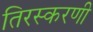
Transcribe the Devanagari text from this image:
तिरस्करणी